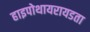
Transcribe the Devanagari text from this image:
हाइपोथायरायडता